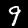
Label: 9